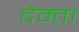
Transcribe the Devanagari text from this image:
देम्ता